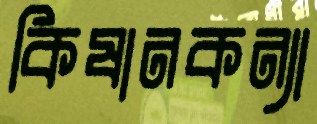
কিষানকন্যা